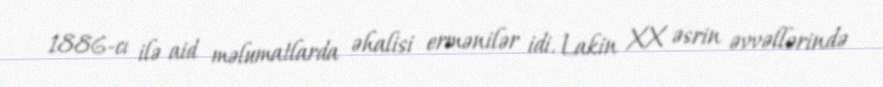
1886-cı ilə aid məlumatlarda əhalisi ermənilər idi. Lakin XX əsrin əvvəllərində